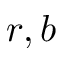
r , b